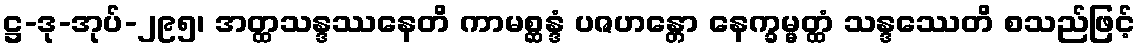
ဋ္ဌ-ဒု-အုပ်-၂၉၅၊ အတ္ထသန္ဒဿနေတိ ကာမစ္ဆန္ဒံ ပဇဟန္တော နေက္ခမ္မတ္ထံ သန္ဒဿေတိ စသည်ဖြင့်